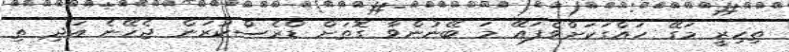
ތިހިރީ މަގޭ ހައްގަކަށްވެފައޭ މަ ބޭނުންވާ ގޮތަށް ޑްރެސްކުރަން ޖެހޭނެ އަދި ތި